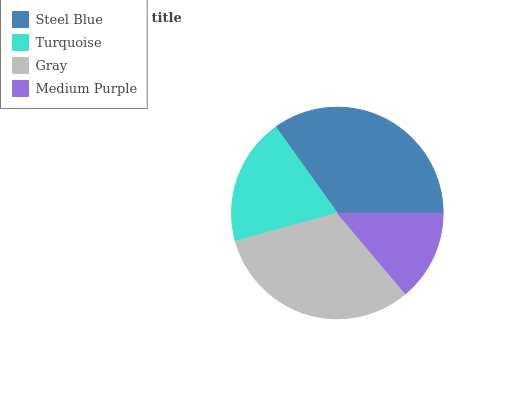
| Steel Blue | Turquoise | Gray | Medium Purple |
 | --- | --- | --- | --- |
 | 34.9% | 19.4% | 31.8% | 13.9% |